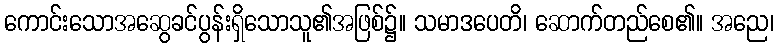
ကောင်းသောအဆွေခင်ပွန်းရှိသောသူ၏အဖြစ်၌။ သမာဒပေတိ၊ ဆောက်တည်စေ၏။ အညေ၊